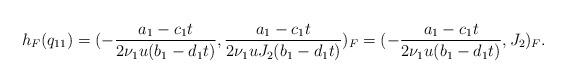
LaTeX: \begin{align*} h_F(q_{11}) = ( - \frac{a_1 - c_1 t}{2 \nu_1 u (b_1 - d_1 t)}, \frac{a_1 - c_1 t}{2 \nu_1 u J_2 (b_1 - d_1 t)} )_F = ( - \frac{a_1 - c_1 t}{2 \nu_1 u (b_1 - d_1 t)}, J_2 )_F.\end{align*}